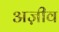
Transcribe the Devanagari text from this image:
अज़ीव